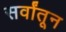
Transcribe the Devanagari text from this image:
सर्वांतून